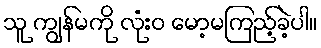
သူ ကျွန်မကို လုံးဝ မော့မကြည့်ခဲ့ပါ။